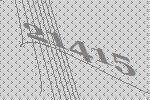
21415